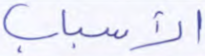
الأسباب